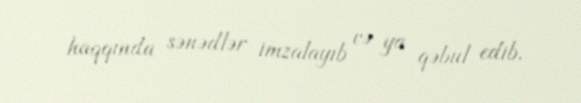
haqqında sənədlər imzalayıb və ya qəbul edib.